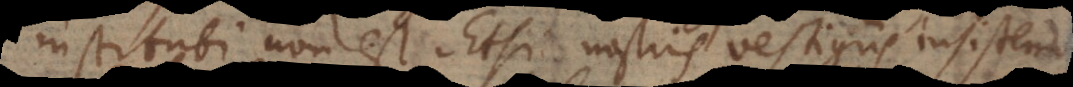
instituti non est. Etsi nostris vestigiis insiste